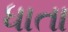
ધાતા